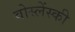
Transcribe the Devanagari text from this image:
वोस्लेंस्की